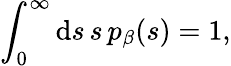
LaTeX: \int_{0}^{\infty}\mathrm{d}s\, s\, p_{\beta}(s)=1,